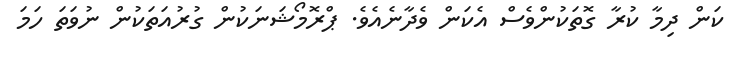
ކަން ދިމާ ކުރާ ގޮތަކުންވެސް އެކަން ވެދާނެއެވެ. ޕްރޮމޯޝަނަކުން ގުރުއަތަކުން ނުވަތަ ހަމަ